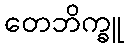
တေဘိက္ခူ